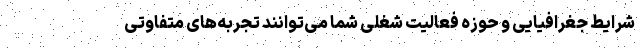
شرایط جغرافیایی و حوزه فعالیت شغلی شما می‌توانند تجربه‌های متفاوتی